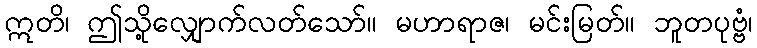
ဣတိ၊ ဤသို့လျှောက်လတ်သော်။ မဟာရာဇ၊ မင်းမြတ်။ ဘူတပုဗ္ဗံ၊